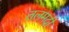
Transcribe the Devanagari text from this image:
तलमदी